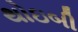
થોઇબી